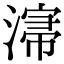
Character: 𣼡